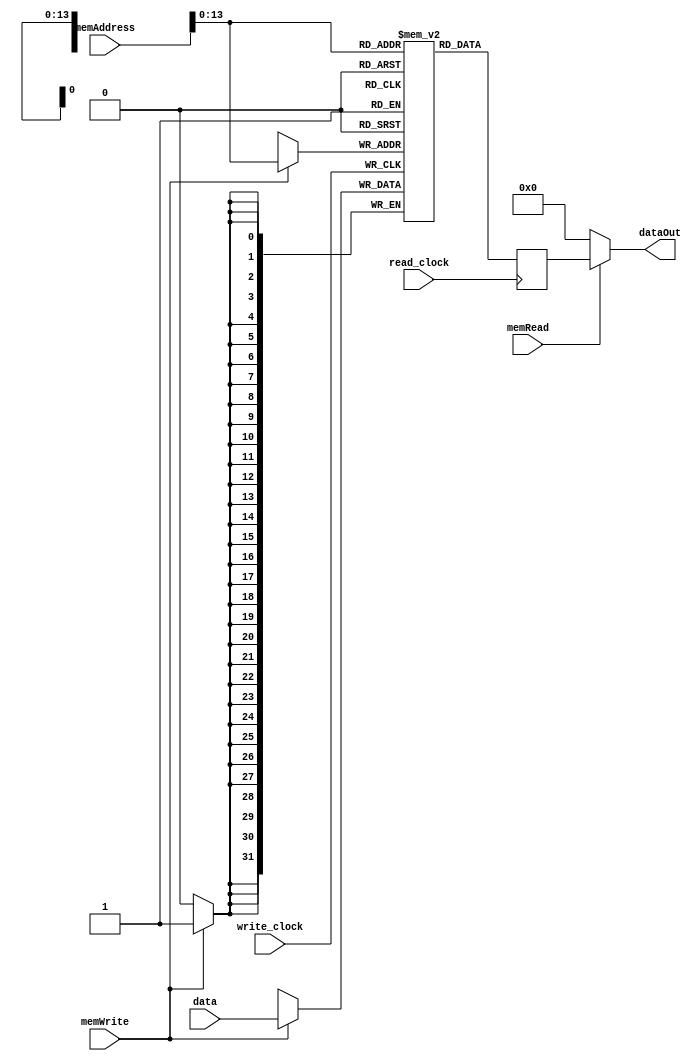
module ram_data(write_clock, read_clock, memAddress, data, dataOut, memWrite, memRead);

	parameter DATA_WIDTH = 32; // X bits
	parameter RAM_BITS = 14;
	localparam RAM_SIZE = 2**RAM_BITS; // X instructions
	
	input [DATA_WIDTH-1:0] data;
	input [DATA_WIDTH-1:0] memAddress;
	input memWrite, memRead, write_clock, read_clock;
	
	output [DATA_WIDTH-1:0] dataOut;
	
	reg [DATA_WIDTH-1:0] dataRead;
	reg [DATA_WIDTH-1:0] RAM [RAM_SIZE-1:0]; // RAM_SIZE words of 32-bit memory
	
	always @ (posedge write_clock)
	begin
		
		if (memWrite) begin
			RAM[memAddress] <= data;
		end
	
	end
	
	always @ (posedge read_clock)
	begin
		
		dataRead <= RAM[memAddress];
	
	end
	
	assign dataOut = (memRead == 1'b1) ? dataRead : 0;
	
endmodule